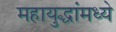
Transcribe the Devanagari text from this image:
महायुद्धांमध्ये